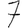
Digit: 7